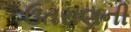
ઉતરાણની